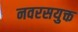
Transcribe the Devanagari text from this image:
नवरसयुक्त